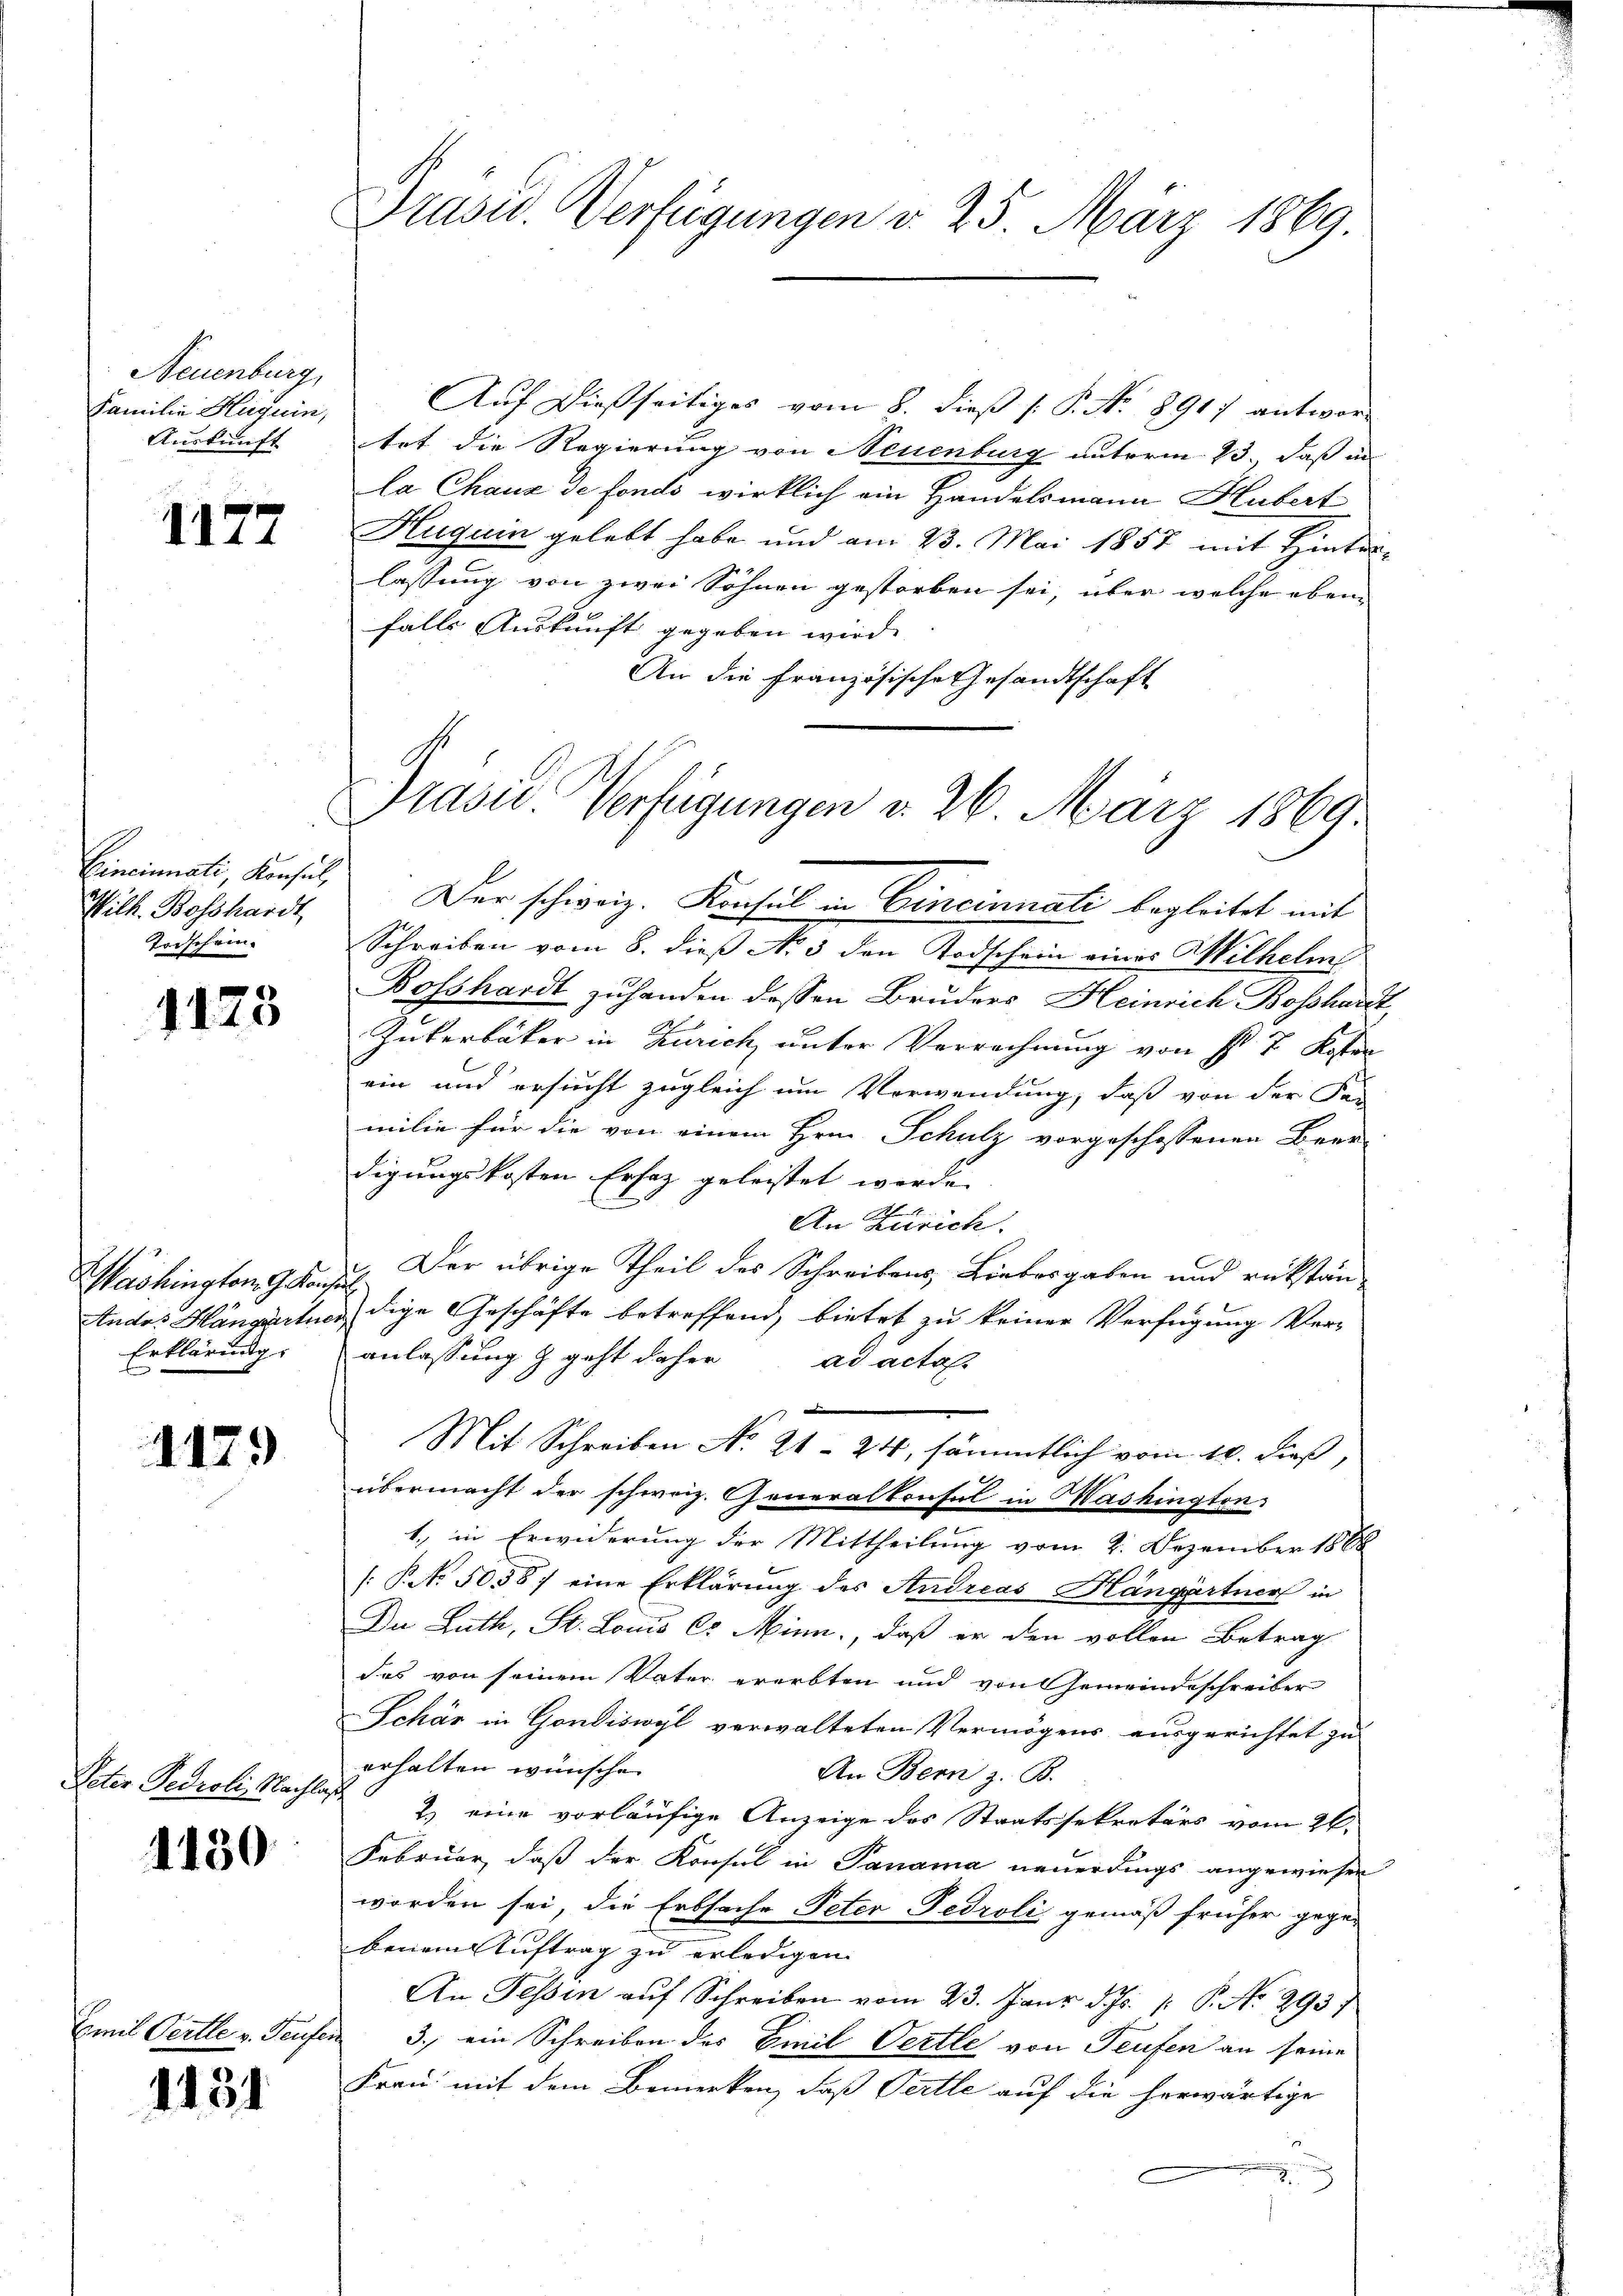
Neuenburg,
Familie Heguin,
Auskunft

amit Ver

1177

Cincinali, Konsul,
Wilh. Bosshardt,
Todschein.

1125

Erklärung

179

Peter Fedroli, Nachlag

1130

1131

r Pause

Präsid. Verfügungen v. 25. März 1869.

Auf dießseitiges vom 8. dieß P. No 8917 antwortet die Regierung von Neuenburg unterm 23. daß in
la Chaux de fonds wirklich ein Handelsmann Hubert
Huguin gelebt habe und am 23. Mai 1857 mit Hinter-
lassung von zwei Söhnen gestorben sei, über welche oben
falls Auskunft gegeben wird.
An die Französische Gesandtschaft

Präsid.. Verfügungen v. 26. März 1869.
Der schweiz. Konsul in Cincinnati begleitet mit

Schreiben vom 8. dieß No 3 den Todschein eines Wilhelm
Bosshardt zu handen dessen Bruders Heinrich Bosshardt,
d
Zukerbäcker in Kurich, unter Verrechnung von Nr. 7 Kosten
ein und ersucht zugleich um Verwendung, daß von der Far
milie für die von einem Hrn. Schulz vorgeschossenen Beer-
digungskosten Ersaz geleistet werde.
An Zürich.
Washington 96. 7. Der übrige Theil des Schreibens, Liebesgaben und rükstäntudos Hängartner, die Geschäfte betreffend, bietet zu keiner Verfügung Veranlassung & geht daher
ad actas
übermacht der schweiz. Generalkonsul in Washington
1., in Erwiderung der Mittheilung vom 2. Dezember 1868
[PNo. 50587 eine Erklärung des Andreas Hangartner in
Du Rath, St. Louis C. Minn, daß er den vollen Betrag
das von seinem Vater ererbten und von Gemeindeschreiber
Schär in Gondiswyl verwalteten Vermögens ausgerichtet zu
erhalten wünsche.
An Bern z. B.
2) eine vorläufige Anzeige des Staatssekretärs vom 26.
Februar, daß der Konsul in Panama neuerdings angewiesen
worden sei, die Erbsache Peter Fedroli gemäß früher gege-
benem Auftrag zu erledigen.
An Tessin auf Schreiben vom 23. Janr d. Js. 1 P. Nr. 2937.
3. ein Schreiben des Emil Oertle von Teufen an seine
Frau mit dem Bemerken, daß Pertle auf die herwärtige

Mit Schreiben No 21. 24, sämmtlich vom 10. dieß,